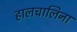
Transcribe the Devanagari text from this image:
हालचालिना